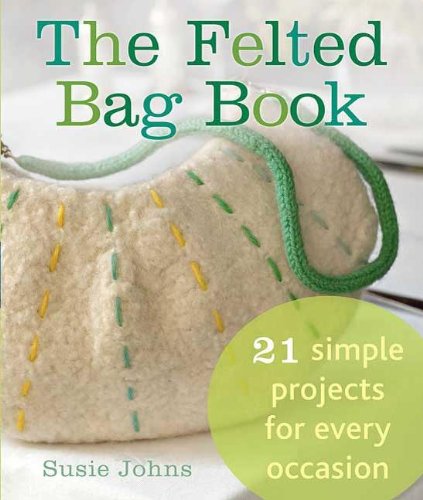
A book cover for The Felted Bag Book: 21 Simple Projects for Every Occasion; Susie Johns; Crafts, Hobbies & Home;